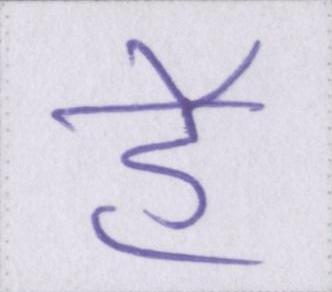
हे